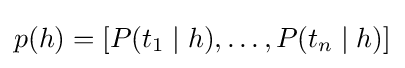
p(h)=[P(t_{1}\mid h),\dots ,P(t_{n}\mid h)]